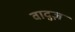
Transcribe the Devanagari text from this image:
वादुज़